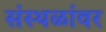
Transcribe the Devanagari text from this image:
संस्थळांवर